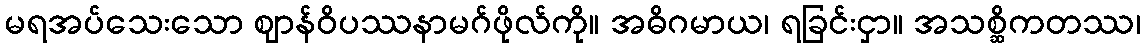
မရအပ်သေးသော ဈာန်ဝိပဿနာမဂ်ဖိုလ်ကို။ အဓိဂမာယ၊ ရခြင်းငှာ။ အသစ္ဆိကတဿ၊